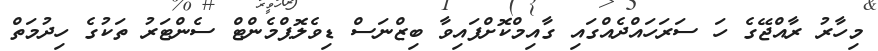
މިހާރު ރާއްޖޭގެ ހަ ސަރަހައްދެއްގައި ގާއިމްކޮށްފައިވާ ބިޒްނަސް ޑިވެލޮޕްމެންޓް ސެންޓަރު ތަކުގެ ހިދުމަތް